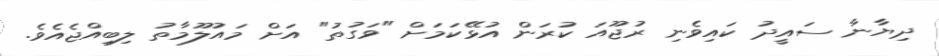
ދިޔާނާ ސައީދު ކައިވެނި ރުޖޫއަ ކުރަން އުޅޭކަމަށް "ވަގުތު" އަށް މައުލޫމާތު ލިބިއްޖެއެވެ.